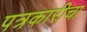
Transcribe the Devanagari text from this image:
पत्रकारीचा